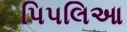
પિપલિઆ